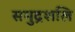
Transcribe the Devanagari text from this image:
समुद्रशलि